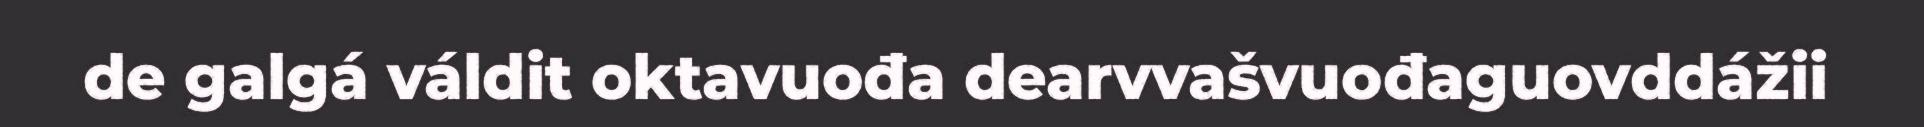
de galgá váldit oktavuođa dearvvašvuođaguovddážii